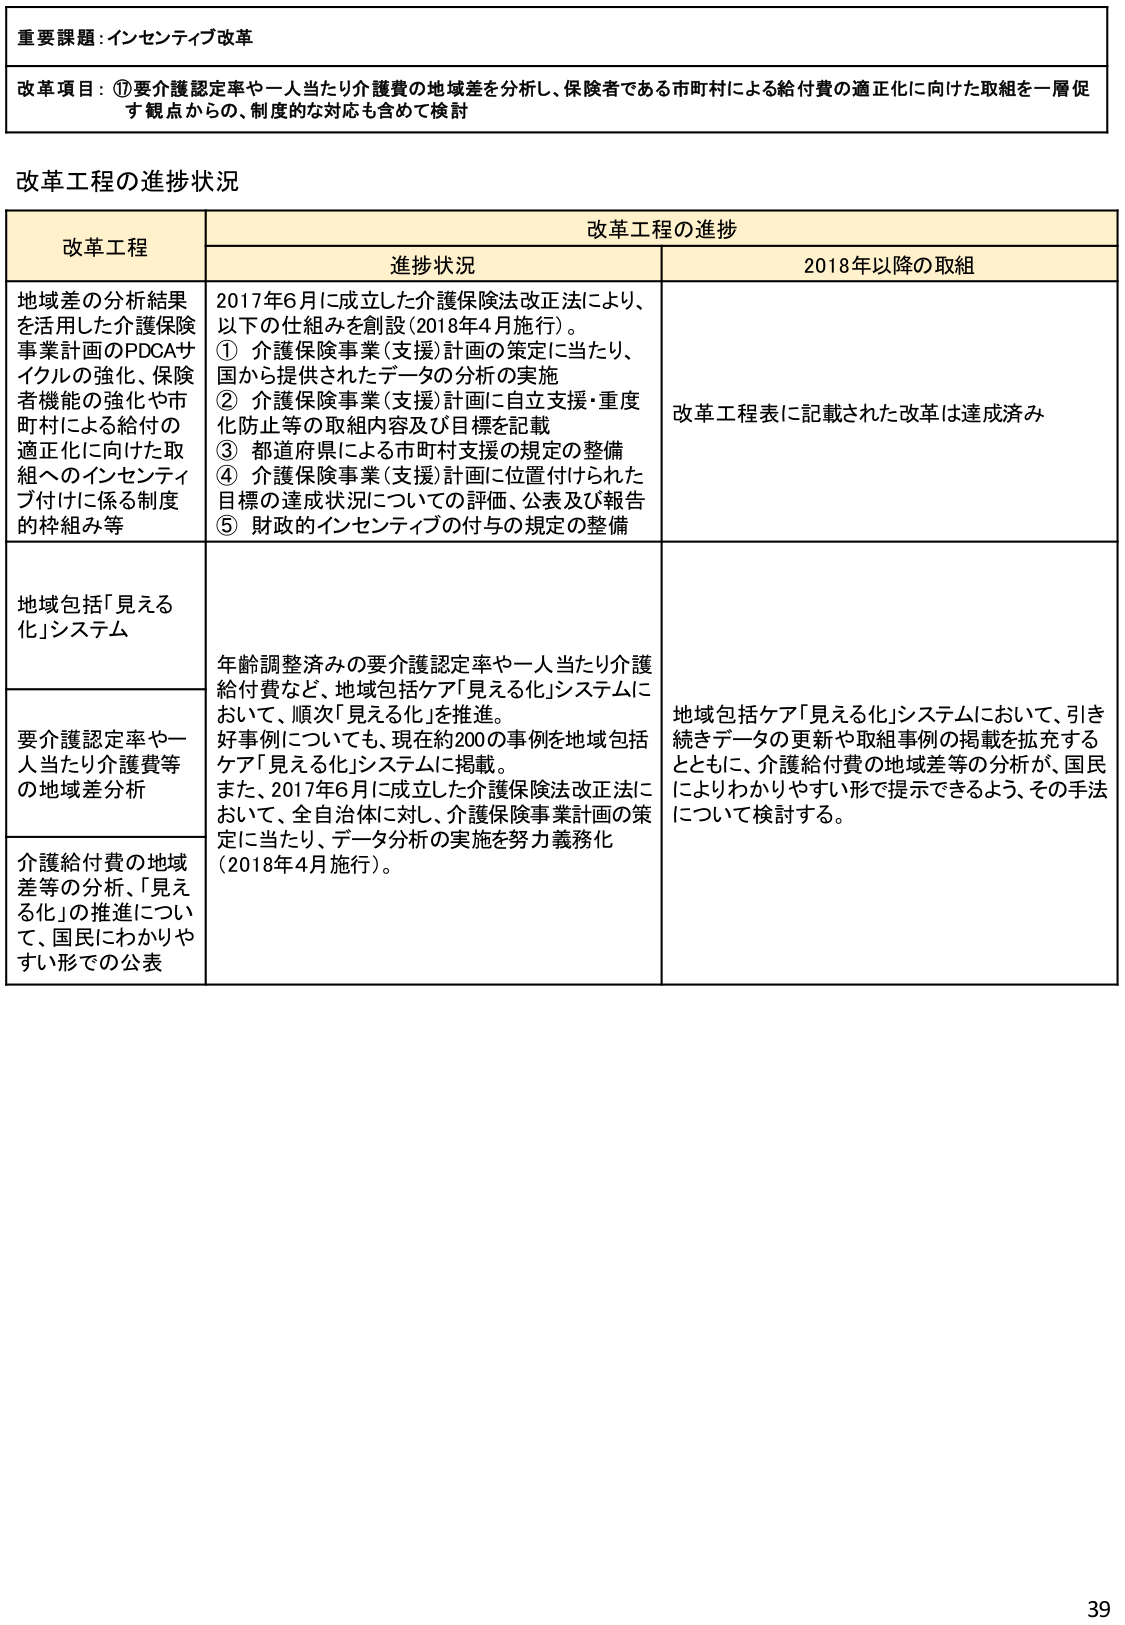
重要課題：インセンティブ改革

改革項目：①要介護認定率や一人当たり介護費の地域差を分析し、保険者である市町村による給付費の適正化に向けた取組を一層促す観点からの、制度的な対応も含めて検討

改革工程の進捗状況

改革工程